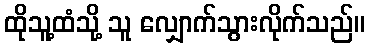
ထိုသူ့ထံသို့ သူ လျှောက်သွားလိုက်သည်။